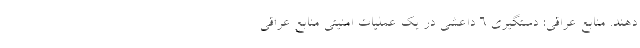
دهند. منابع عراقی: دستگیری 6 داعشی در یک عملیات امنیتی منابع عراقی